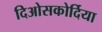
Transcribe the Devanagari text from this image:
दिओसकोर्दिया